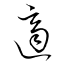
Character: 適